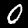
Digit: 0